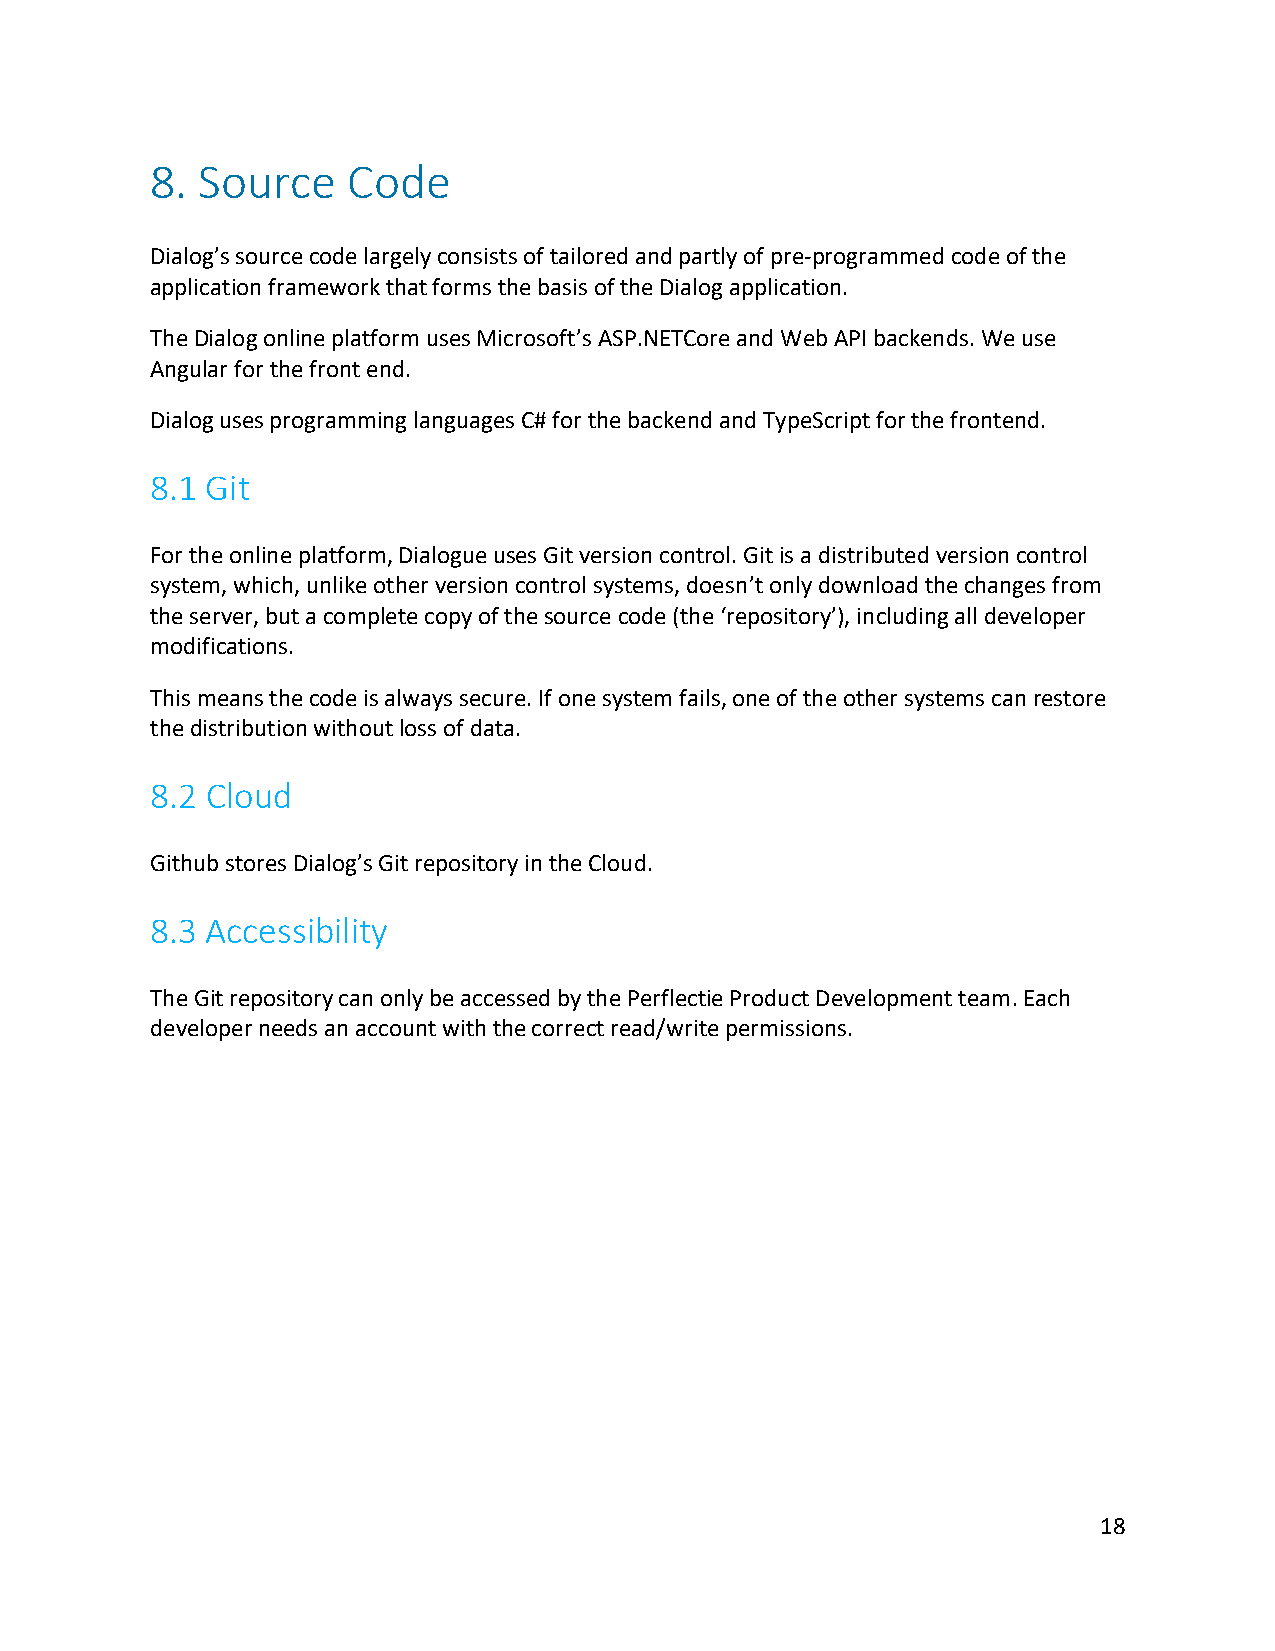
8. Source    Code
 Dialog’s source code largely consists of tailored and partly of pre-programmed code of the
 application framework that forms the basis of the Dialog application.
 The Dialog online platform uses Microsoft’s ASP.NETCore and Web API backends. We use
 Angular for the front end.
 Dialog uses programming languages C# for the backend and TypeScript for the frontend.
 8.1 Git
 For the online platform, Dialogue uses Git version control. Git is a distributed version control
 system, which, unlike other version control systems, doesn’t only download the changes from
 the server, but a complete copy of the source code (the ‘repository’), including all developer
 modifications.
 This means the code is always secure. If one system fails, one of the other systems can restore
 the distribution without loss of data.
 8.2 Cloud
 Github stores Dialog’s Git repository in the Cloud.
 8.3 Accessibility
 The Git repository can only be accessed by the Perflectie Product Development team. Each
 developer needs an account with the correct read/write permissions.
 18